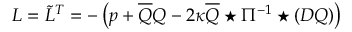
{ \cal L } = \tilde { L } ^ { T } = - \left( p + \overline { { { Q } } } Q - 2 \kappa \overline { { { Q } } } \star \Pi ^ { - 1 } \star ( D Q ) \right)